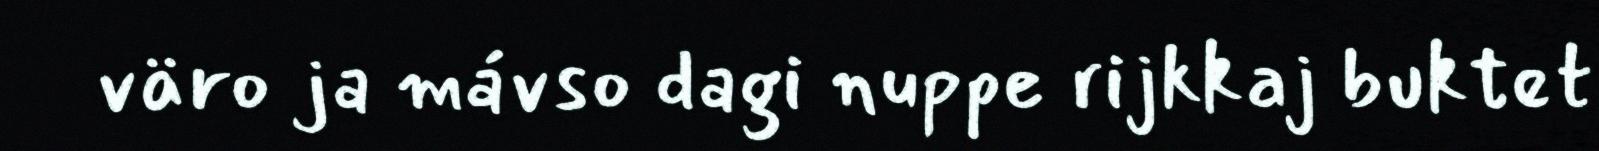
väro ja mávso dagi nuppe rijkkaj buktet